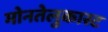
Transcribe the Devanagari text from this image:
मोनतेलुकास्ट